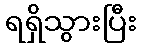
ရရှိသွားပြီး